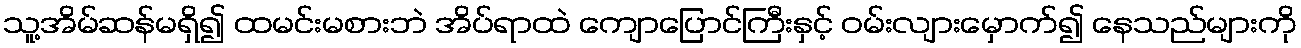
သူ့အိမ်ဆန်မရှိ၍ ထမင်းမစားဘဲ အိပ်ရာထဲ ကျောပြောင်ကြီးနှင့် ဝမ်းလျားမှောက်၍ နေသည်များကို